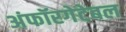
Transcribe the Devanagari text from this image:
अंफॉरगेटेबल